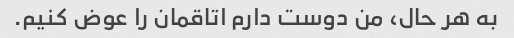
به هر حال، من دوست دارم اتاقمان را عوض کنیم.